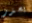
يحذر